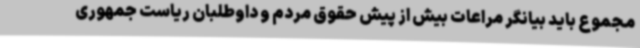
مجموع باید بیانگر مراعات بیش از پیش حقوق مردم و داوطلبان ریاست جمهوری